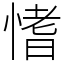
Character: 愭